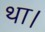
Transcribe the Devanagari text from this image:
था।